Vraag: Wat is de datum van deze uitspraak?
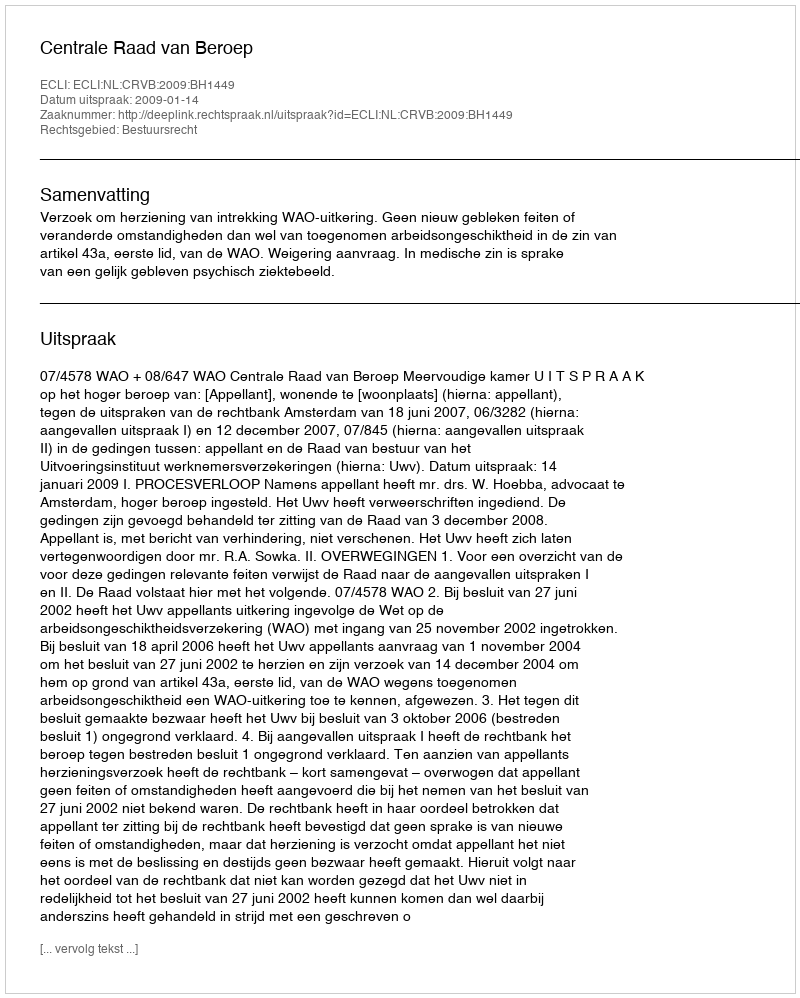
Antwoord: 2009-01-14